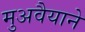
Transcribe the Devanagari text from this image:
मुअवैयाने